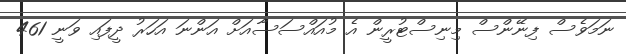
ނަމަވެސް ފިނޭންސް މިނިސްޓުރީން އެ މުއައްސަސާއަށް އަންނަ އަހަރު ދީފައި ވަނީ 461